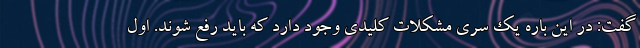
گفت: در این باره یک سری مشکلات کلیدی وجود دارد که باید رفع شوند. اول